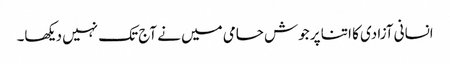
انسانی آزادی کا اتنا پر جوش حامی میں نے آج تک نہیں دیکھا۔